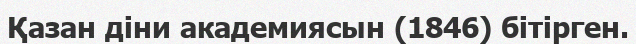
Қазан діни академиясын (1846) бітірген.